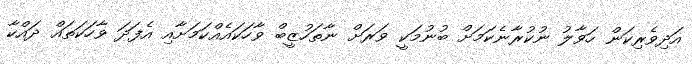
އަދިވެރިކަން ހަވާލު ނުކުރާނެކަމަށް ބުނުމަކީ ވަރަށް ނާތަހުޒީބް ވާހަކައެއްކަމަށާއި އެފަދަ ވާހަކަތައް ދައްކާ